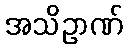
အသိဥာဏ်